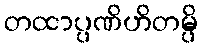
တထာပ္ပဏိဟိတမ္ပိ